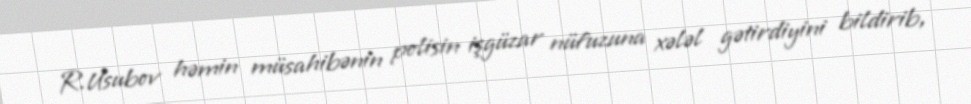
R.Usubov həmin müsahibənin polisin işgüzar nüfuzuna xələl gətirdiyini bildirib,